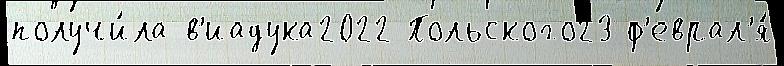
получи́ла в'иадука2022 Польского23 ф'еврал'я́